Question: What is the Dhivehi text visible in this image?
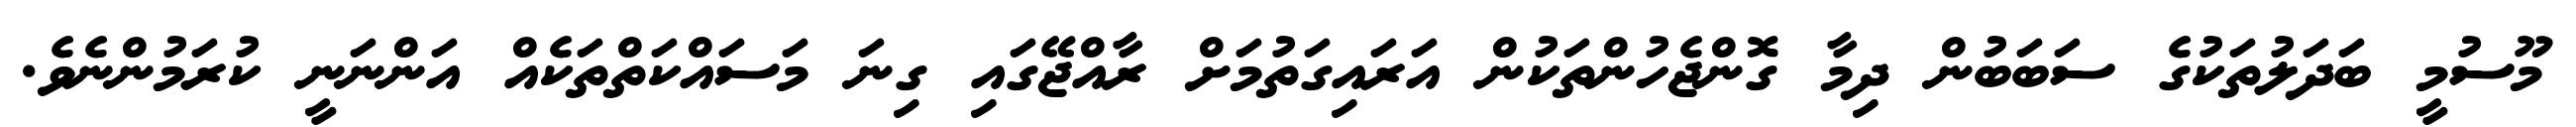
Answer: މޫސުމީ ބަދަލުތަކުގެ ސަބަބުން ދިމާ ގޮންޖެހުންތަކުން އަރައިގަތުމަށް ރާއްޖޭގައި ގިނަ މަސައްކަތްތަކެއް އަންނަނީ ކުރަމުންނެވެ.